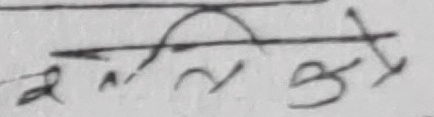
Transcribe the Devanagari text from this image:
नेपाली